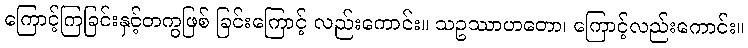
ကြောင့်ကြခြင်းနှင့်တကွဖြစ် ခြင်းကြောင့် လည်းကောင်း။ သဥဿာဟတော၊ ကြောင့်လည်းကောင်း။